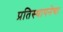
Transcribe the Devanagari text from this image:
प्रतिस्थापनेचा